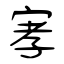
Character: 窙